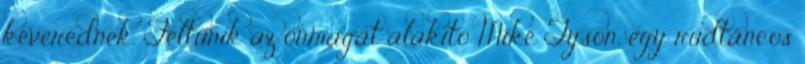
keverednek. Feltűnik az önmagát alakító Mike Tyson, egy rúdtáncos